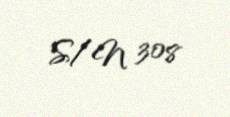
S/N 308